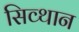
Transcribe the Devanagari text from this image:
सिव्थान